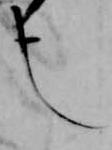
也